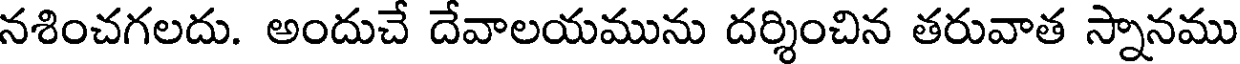
నశించగలదు. అందుచే దేవాలయమును దర్శించిన తరువాత స్నానము